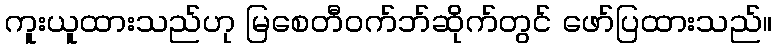
ကူးယူထားသည်ဟု မြစေတီဝက်ဘ်ဆိုက်တွင် ဖော်ပြထားသည်။